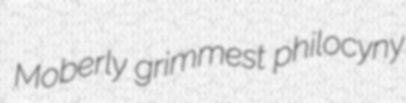
Moberly grimmest philocyny